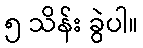
၅ သိန်း ခွဲပါ။